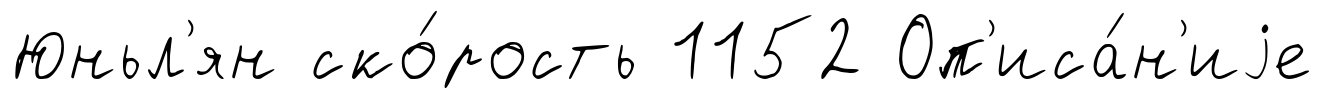
Юньл'ян ско́рость 1152 Оп'иса́н'иjе